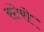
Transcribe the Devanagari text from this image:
स्टेरो